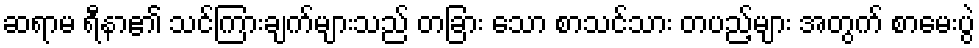
ဆရာမ ရီနာ၏ သင်ကြားချက်များသည် တခြား သော စာသင်သား တပည့်များ အတွက် စာမေးပွဲ